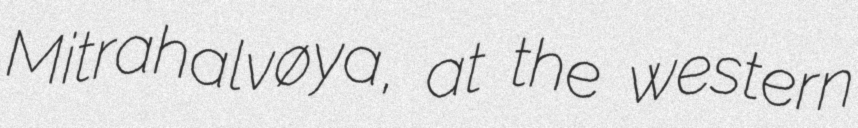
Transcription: Mitrahalvøya, at the western